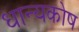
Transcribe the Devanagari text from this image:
धान्यकोष